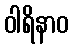
ဝါရိနာဝ